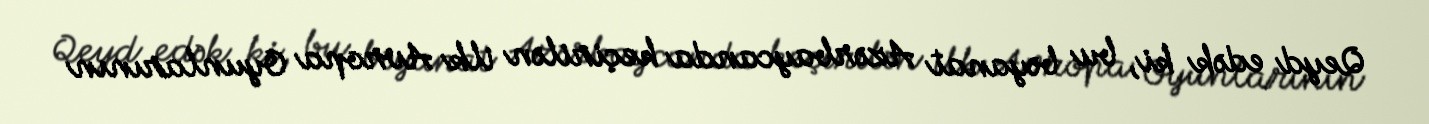
Qeyd edək ki, bu bəyanat Azərbaycanda keçirilən ilk Avropa Oyunlarının